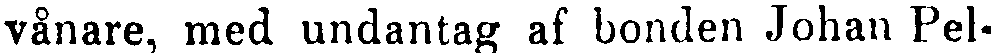
vånare, med undantag af bonden Johan Pel-